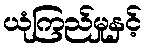
ယုံကြည်မှုနှင့်